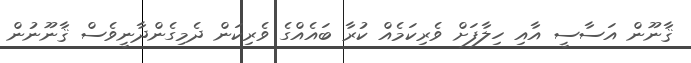
ޤާނޫން އަސާސީ އާއި ހިލާފަށް ވެރިކަމެއް ކުރާ ބައެއްގެ ވެރިކަން ދެމިގެންދާނީވެސް ޤާނޫނުން